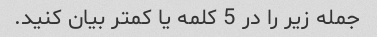
جمله زیر را در 5 کلمه یا کمتر بیان کنید.